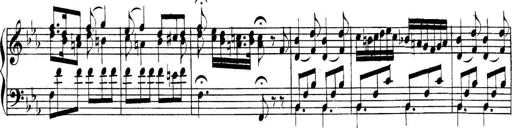
Title: Collected Piano Sonatas
Composer: Muzio Clementi